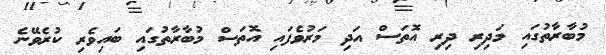
މުބާރާތުގައި މަދިރި ދިރި އޮތަސް އަދި މަރުވެފައި އޮތަސް މުބާރާތުގައި ބައިވެރި ކުރެވޭނެ